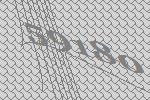
59180